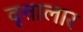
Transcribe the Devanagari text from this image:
वृत्तालार